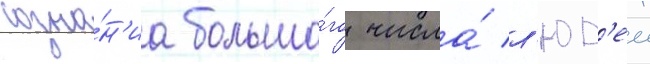
созна́н'иа большо́го числа́ л'юд'еи